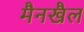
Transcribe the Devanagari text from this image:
मैनखैल